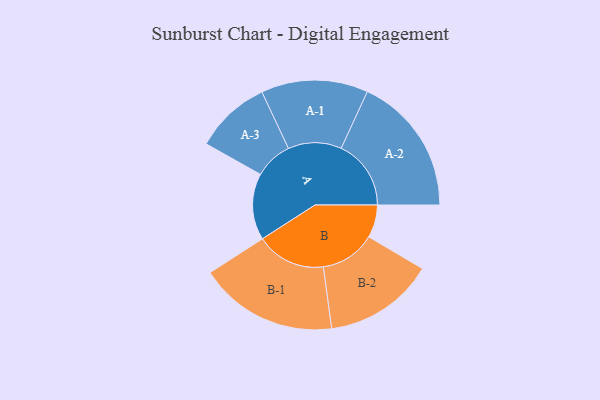
{"axis": {"x": "Segment", "y": "Value"}, "legend": ["", "A", "B"], "data": [{"x": "A", "y": 215, "type": ""}, {"x": "B", "y": 106, "type": ""}, {"x": "A-1", "y": 173, "type": "A"}, {"x": "A-2", "y": 226, "type": "A"}, {"x": "A-3", "y": 123, "type": "A"}, {"x": "B-1", "y": 225, "type": "B"}, {"x": "B-2", "y": 179, "type": "B"}]}